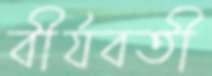
বীর্যবতী